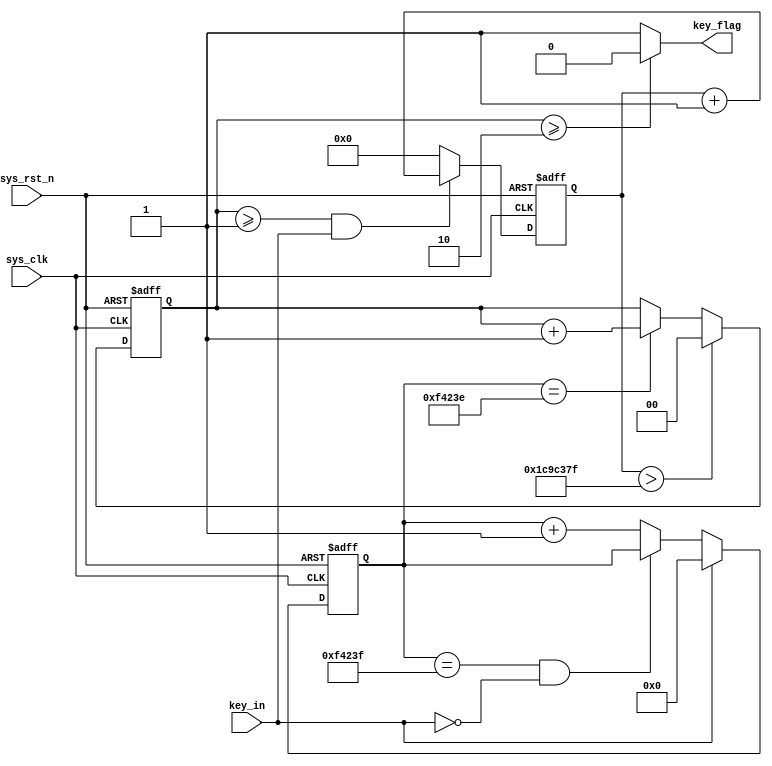
module KEY_DOUBLE (
	input sys_clk,    
	input sys_rst_n,  
	input key_in,
	output key_flag
);

	reg [1:0] count;
	reg [23:0] cnt_20ms;
	reg [31:0] interval_cnt;

	always@(posedge sys_clk or negedge sys_rst_n) begin
		if(!sys_rst_n) begin
			cnt_20ms <= 24'd0;
		end else if(key_in == 1'd1) begin
			cnt_20ms <= 24'd0;
		end else if(cnt_20ms == 24'd999_999 && key_in == 1'd0) begin
			cnt_20ms <= cnt_20ms;
		end else begin
			cnt_20ms <= cnt_20ms + 1;
		end
	end

	always@(posedge sys_clk or negedge sys_rst_n) begin
		if(!sys_rst_n) begin
			interval_cnt <= 32'd0;
		end else if(count >= 2'd1 && key_in == 1'd1) begin
			interval_cnt <= interval_cnt + 32'd1;
		end else begin
			interval_cnt <= 32'd0;
		end
	end

	/*count
	21*/
	always@(posedge sys_clk or negedge sys_rst_n) begin
		if(!sys_rst_n) begin
			count <= 2'd0;
		end else if(interval_cnt > 32'd29_999_999) begin
			count <= 2'd0;
		end else if (cnt_20ms == 24'd999_998) begin
			count <= count + 2'd1;
		end else begin
			count <= count;
		end
	end

	assign key_flag = (count >= 2'd2) ? 1'd0 : 1'd1;

endmodule